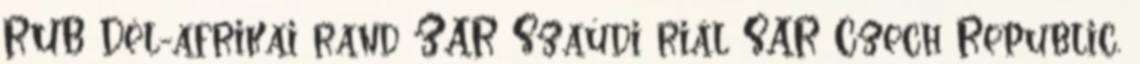
RUB Dél-afrikai rand ZAR Szaúdi riál SAR Czech Republic,